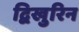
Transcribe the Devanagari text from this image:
द्विखुरिन